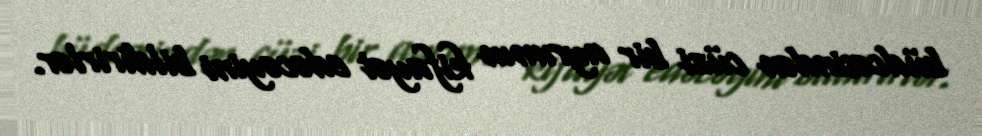
büdcəsindən cüzi bir ayrımın kifayət edəcəyini bildirirlər.